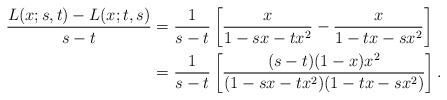
LaTeX: \begin{align*} \frac{L(x;s,t)-L(x;t,s)}{s-t}&=\frac1{s-t}\left[\frac{x}{1-sx-tx^2}-\frac{x}{1-tx-sx^2}\right] \\&=\frac1{s-t}\left[\frac{(s-t)(1-x)x^2}{(1-sx-tx^2)(1-tx-sx^2)}\right]. \end{align*}